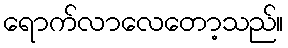
ရောက်လာလေတော့သည်။